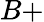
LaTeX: B+